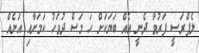
ލެޕްރަސީ ފަރުވާ ދެނީ އެއް ބަޔަކަށް ހަ މަސް ދުވަހު ކަމަށާއި އަނެއް